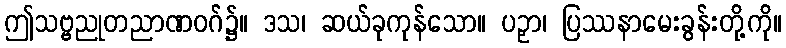
ဤသဗ္ဗညုတညာဏဝဂ်၌။ ဒသ၊ ဆယ်ခုကုန်သော။ ပဉှာ၊ ပြဿနာမေးခွန်းတို့ကို။